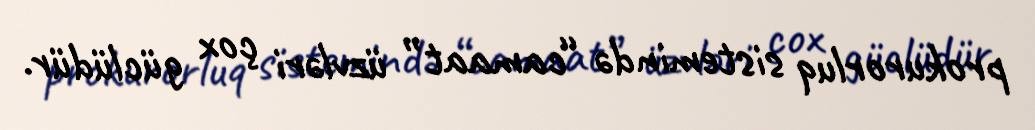
prokurorluq sistemində “camaat” üzvləri çox güclüdür.